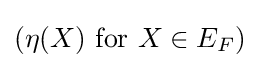
{\textstyle (\eta (X){\mbox{ for }}X\in E_{F})}